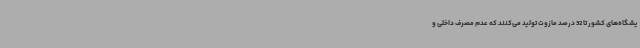
یشگاه‌های کشور تا 32 درصد مازوت تولید می‌کنند که عدم مصرف داخلی و